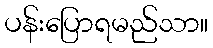
ပန်းပြောရမည်သာ။